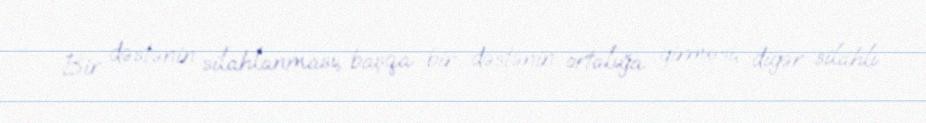
Bir dəstənin silahlanması, başqa bir dəstənin ortalığa girməsi, digər silahlı